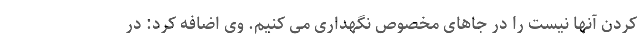
کردن آنها نیست را در جاهای مخصوص نگهداری می کنیم. وی اضافه کرد: در